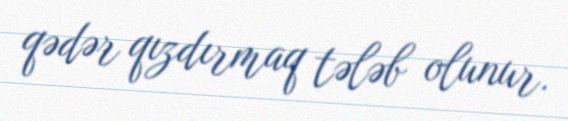
qədər qızdırmaq tələb olunur.